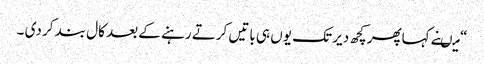
“ میںنے کہاپھرکچھ دیر تک یوں ہی باتیں کرتے رہنے کے بعد کال بند کر دی ۔